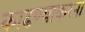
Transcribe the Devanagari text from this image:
काढण्याकरता